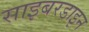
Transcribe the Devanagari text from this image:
साइबरडाइन